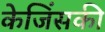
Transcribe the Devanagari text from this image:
केजिंसकी